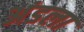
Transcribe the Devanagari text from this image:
अंडला